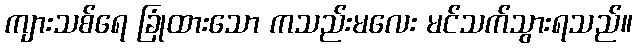
ကျားသစ်ရေ ခြုံထားသော ကသည်းမလေး မင်သက်သွားရသည်။